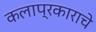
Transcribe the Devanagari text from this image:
कलाप्रकाराचे